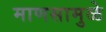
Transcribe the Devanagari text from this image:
माणसामुळे